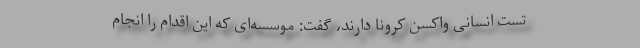
تست انسانی واکسن کرونا دارند، گفت: موسسه‌ای که این اقدام را انجام